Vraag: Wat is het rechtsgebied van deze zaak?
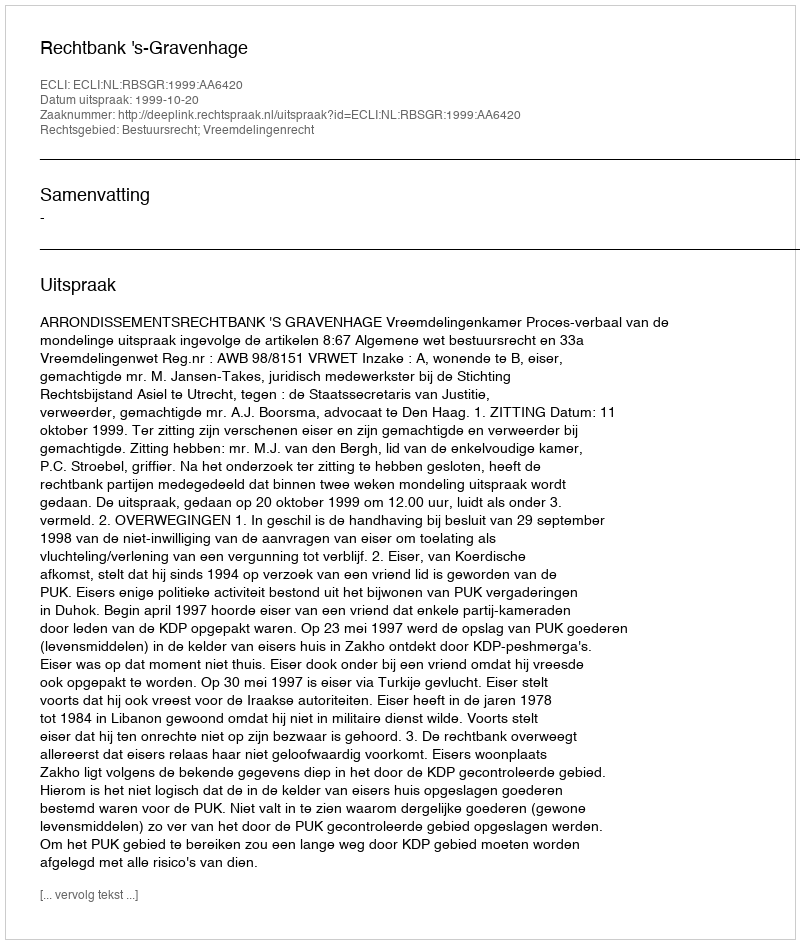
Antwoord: Bestuursrecht; Vreemdelingenrecht